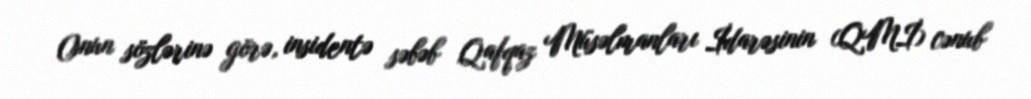
Onun sözlərinə görə, insidentə səbəb Qafqaz Müsəlmanları İdarəsinin (QMİ) cənub